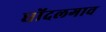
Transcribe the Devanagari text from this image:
धोंदलगाव